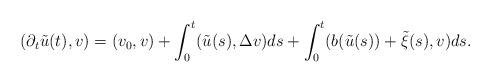
LaTeX: \begin{align*}(\partial_t \tilde u (t),v)=(v_0,v)+\int_0^t ( \tilde u (s), \Delta v)ds+\int_0^t (b( \tilde u (s))+\tilde \xi(s), v)ds.\end{align*}